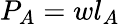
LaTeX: P_{A}=wl_{A}